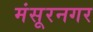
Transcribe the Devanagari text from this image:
मंसूरनगर